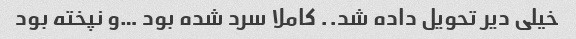
خیلی دیر تحویل داده شد.. کاملا سرد شده بود …و نپخته بود